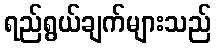
ရည်ရွယ်ချက်များသည်